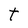
Character: t